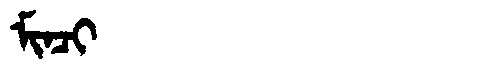
Manchu: ᠮᡳᠨᠴᡳ
Romanization: MINCI